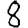
Digit: 8